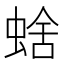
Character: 𧌖